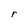
Character: r